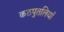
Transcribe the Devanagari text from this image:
कठपुतलियाँ